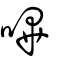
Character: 嗶